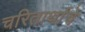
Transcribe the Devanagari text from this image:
चरितार्थाचे